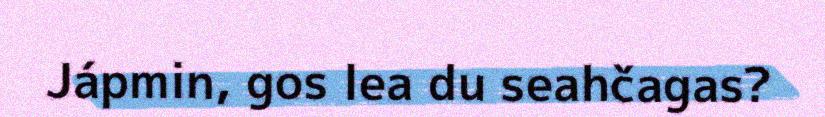
Jápmin, gos lea du seahčagas?